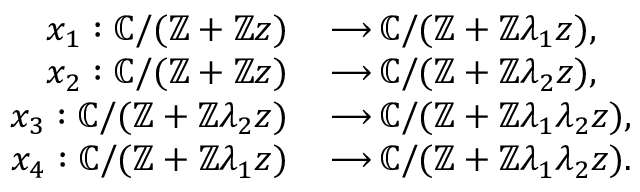
\begin{array} { r l } { x _ { 1 } : \mathbb { C } / ( \mathbb { Z } + \mathbb { Z } z ) } & { { \, \longrightarrow \, } \mathbb { C } / ( \mathbb { Z } + \mathbb { Z } \lambda _ { 1 } z ) , } \\ { x _ { 2 } : \mathbb { C } / ( \mathbb { Z } + \mathbb { Z } z ) } & { { \, \longrightarrow \, } \mathbb { C } / ( \mathbb { Z } + \mathbb { Z } \lambda _ { 2 } z ) , } \\ { x _ { 3 } : \mathbb { C } / ( \mathbb { Z } + \mathbb { Z } \lambda _ { 2 } z ) } & { { \, \longrightarrow \, } \mathbb { C } / ( \mathbb { Z } + \mathbb { Z } \lambda _ { 1 } \lambda _ { 2 } z ) , } \\ { x _ { 4 } : \mathbb { C } / ( \mathbb { Z } + \mathbb { Z } \lambda _ { 1 } z ) } & { { \, \longrightarrow \, } \mathbb { C } / ( \mathbb { Z } + \mathbb { Z } \lambda _ { 1 } \lambda _ { 2 } z ) . } \end{array}